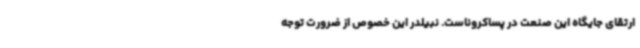
ارتقای جایگاه این صنعت در پساکروناست. نبیلدر این خصوص از ضرورت توجه